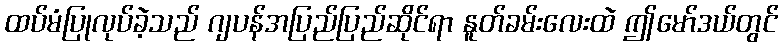
ထပ်မံပြုလုပ်ခဲ့သည် ဂျပန်အပြည်ပြည်ဆိုင်ရာ နူတ်ခမ်းလေးထဲ ဤမော်ဒယ်တွင်